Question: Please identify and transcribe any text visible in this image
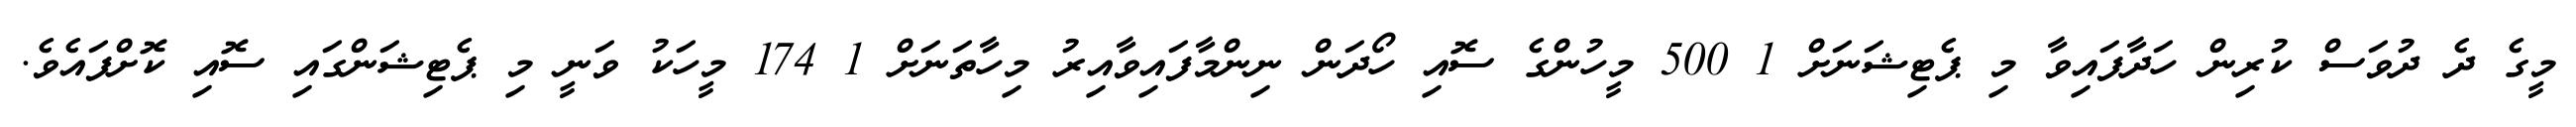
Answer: މީގެ ދެ ދުވަސް ކުރިން ހަދާފައިވާ މި ޕެޓިޝަނަށް 1 500 މީހުންގެ ސޮއި ހޯދަން ނިންމާފައިވާއިރު މިހާތަނަށް 1 174 މީހަކު ވަނީ މި ޕެޓިޝަންގައި ސޮއި ކޮށްފައެވެ.